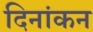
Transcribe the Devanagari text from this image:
दिनांकन